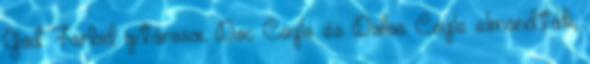
God Forbid gitárosai, Doc Coyle és Dallas Coyle elmondták,